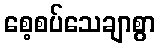
စေ့စပ်သေချာစွာ